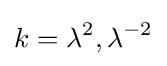
k=\lambda ^{2},\lambda ^{-2}